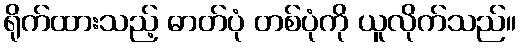
ရိုက်ထားသည့် ဓာတ်ပုံ တစ်ပုံကို ယူလိုက်သည်။